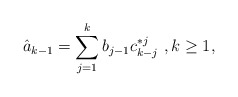
\begin{align*}\hat a_{k-1} = \sum_{j=1}^k b_{j-1} c^{*j}_{k-j}\ , k\ge1,\end{align*}